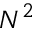
N ^ { 2 }